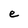
Character: e